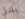
بلدتي